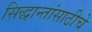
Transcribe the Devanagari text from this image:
सिद्धान्तांसाठीचे